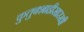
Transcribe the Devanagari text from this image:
कुतुबशाहीसारखी